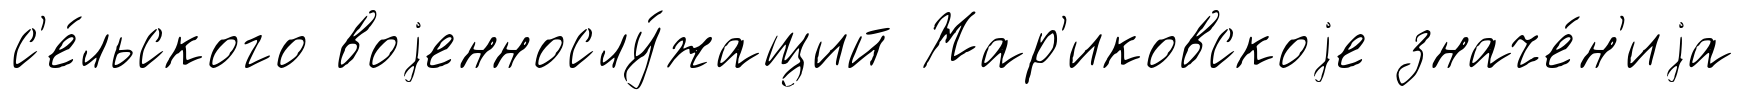
с'е́льского воjеннослу́жащий Жар'иковскоjе значе́н'иjа